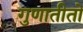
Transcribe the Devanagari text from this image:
गुणातीतो